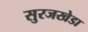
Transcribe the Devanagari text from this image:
सुरजखेडा